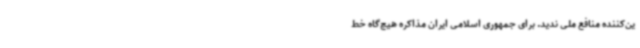
ین‌کننده منافع ملی ندید. برای جمهوری اسلامی ایران مذاکره هیچ‌گاه خط